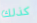
كذلك